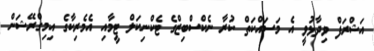
އަޝްރަފް ވިދާޅުވީ އެ މަސައްކަތް ކުރާ ނެކްސްބިޒްގެ ޓެކްނިކަލް ޓީމާއި އެމެރިކާގެ އިމިގްރޭޝަން